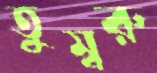
তুম্বরু